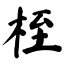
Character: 桎